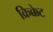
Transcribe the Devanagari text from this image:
क्रिक्केट